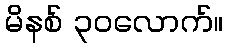
မိနစ် ၃၀လောက်။